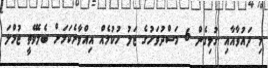
މި ދައުވާއާއި ގުޅިގެން 6 މަސްދުވަހުގެ ޖަލު ހުކުމެއް އިއްވާނެކަމަށް ބެލެވޭތީ ޖުމްލަ